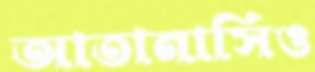
আতানাসিও